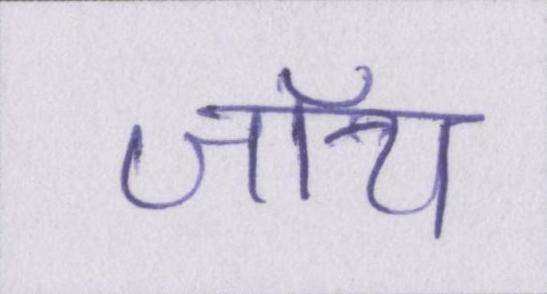
जॉय